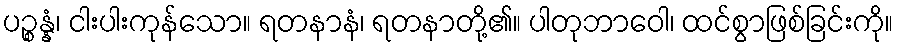
ပဉ္စန္နံ၊ ငါးပါးကုန်သော။ ရတနာနံ၊ ရတနာတို့၏။ ပါတုဘာဝေါ၊ ထင်စွာဖြစ်ခြင်းကို။